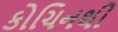
કોચિનથી